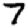
Digit: 7